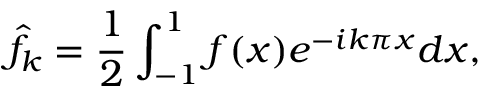
\hat { f } _ { k } = \frac { 1 } { 2 } \int _ { - 1 } ^ { 1 } f ( x ) e ^ { - i k \pi x } d x ,